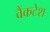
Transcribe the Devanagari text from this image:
वैंकटेश